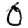
Digit: 0